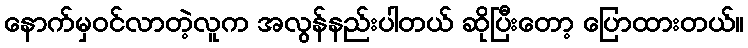
နောက်မှဝင်လာတဲ့လူက အလွန်နည်းပါတယ် ဆိုပြီးတော့ ပြောထားတယ်။